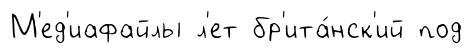
М'ед'иафайлы л'ет бр'ита́нск'ий под